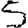
Digit: 5